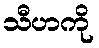
သီဟကို